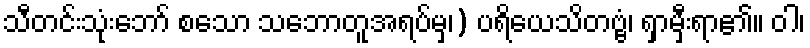
သီတင်းသုံးဘော် စသော သဘောတူအရပ်မှ၊) ပရိယေသိတဗ္ဗံ၊ ရှာမှီးရာ၏။ ဝါ၊